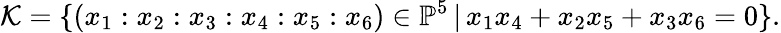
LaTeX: {\cal K}=\{ (x_{1}:x_{2}:x_{3}:x_{4}:x_{5}:x_{6})\in\mathbb{P}^{5}\, |\, x_{1}x_{4}+x_{2}x_{5}+x_{3}x_{6}=0\} .